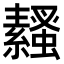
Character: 𧔓